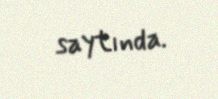
saytında.